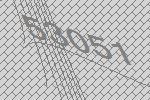
53051